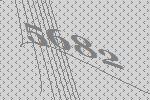
5682